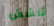
ششش